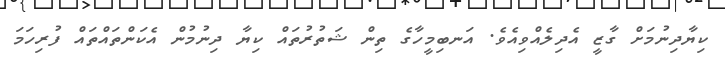
ކިޔާދިނުމަށް ގާޒީ އެދިލެއްވިއެވެ. އަނބިމީހާގެ ތިން ޝަތުރުތައް ކިޔާ ދިނުމުން އެކަންތައްތައް ފުރިހަމަ